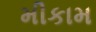
મીકામ